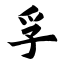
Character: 孚